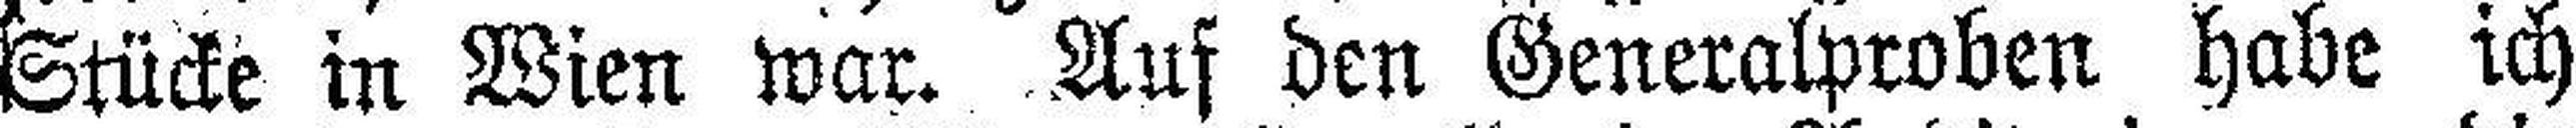
Stücke in Wien war. Auf den Generalproben habe ich